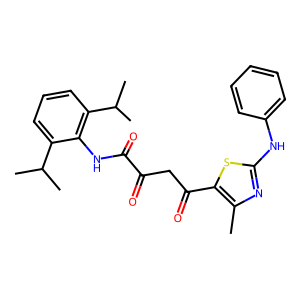
SMILES: Cc1nc(Nc2ccccc2)sc1C(=O)CC(=O)C(=O)Nc1c(C(C)C)cccc1C(C)C
Inhibits HIV replication: No